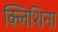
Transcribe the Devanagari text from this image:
क्लिशिना